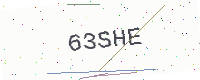
Text: 63SHE